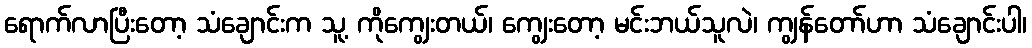
ရောက်လာပြီးတော့ သံချောင်းက သူ့ ကိုကျွေးတယ်၊ ကျွေးတော့ မင်းဘယ်သူလဲ၊ ကျွန်တော်ဟာ သံချောင်းပါ၊